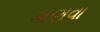
ભણવા